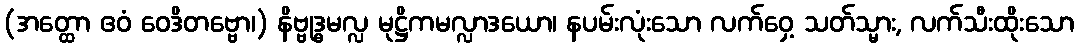
(အတ္ထော ဧဝံ ဝေဒိတဗ္ဗော၊) နိဗ္ဗုဒ္ဓမလ္လ မုဋ္ဌိကမလ္လာဒယော၊ နပမ်းလုံးသော လက်ဝှေ့ သတ်သ္မား, လက်သီးထိုးသော